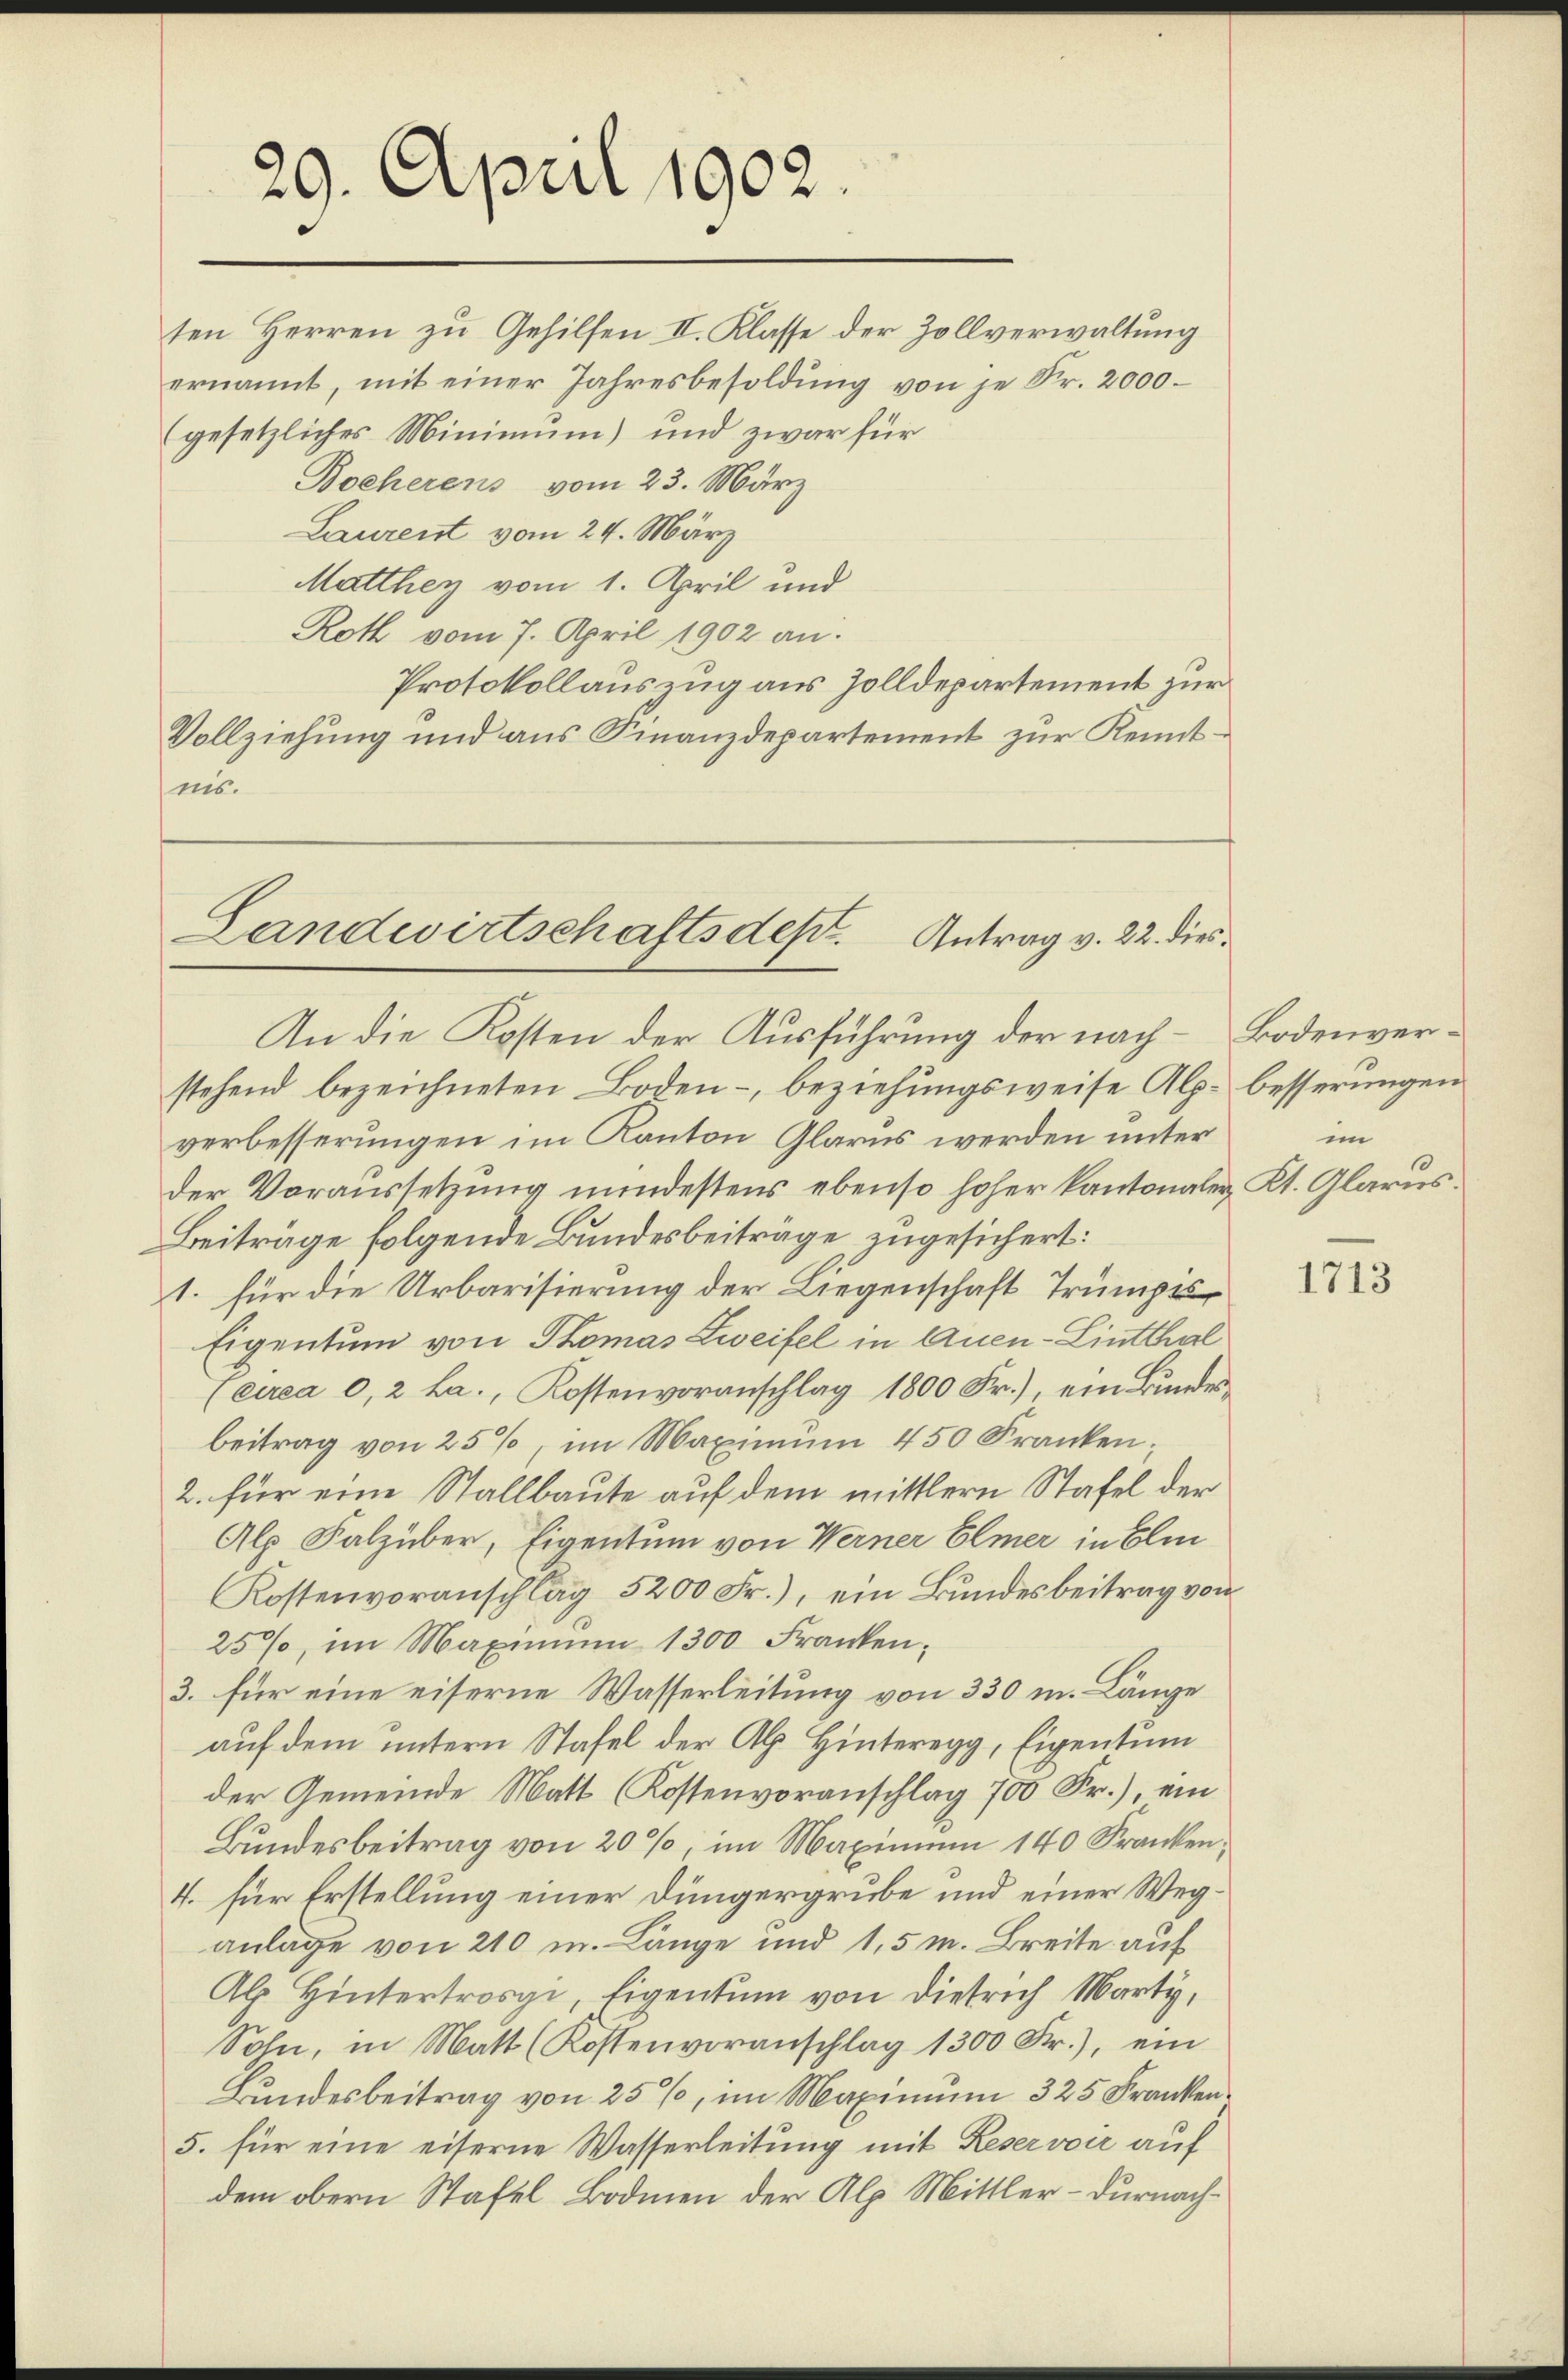
29. April 1902.

ten Herren zu Gehilfen II. Klasse der Zollverwaltung
ernannt, mit einer Jahresbesoldŭng von je Fr. 2000.
gesetzliches Minimum) und zwar für
Boeherens vom 23. März
Laurent vom 24. März
Matthey vom 1. April und
Roth vom 7. April 1902 an.
Protokollauszug aus Zolldepartement zur
Vollziehung und aus Finanzdepartement zur Kenntnis.

Landwirtschaftsdes. Antrag v. 22. dies
An die Kosten der Ausführung der nach Bodenver¬

stehend bezeichneten Boden, beziehungsweise Alp. besserungen
verbesserungen im Kanton Glarus werden unter
der Voraussetzung mindestens ebenso hoher kantonalen Kt. Glarus
Beiträge folgende Bundesbeiträge zugesichert:
1. für die Urbarisierung der Liegenschaft Trumpis¬
Eigentum von Thomas Zweifel in Auen-Lintthal
(circa 0,2 La., Kostenvoranschlag 1800 Fr.), ein Bundesbeitrag von 25%, im Maximŭm 450 Franken;
2. für eine Stallbaute auf dem mittlern Stafel der
Alp Salzüber, Eigentum von Werner Elmer in Eli
Kostenvoranschlag 5200 Fr.), ein Bundesbeitrag von
25%, im Maximum 1300 Franken;
3. für eine eiserne Wasserleitung von 330 m. Länge
auf dem untern Stafel der Alp Hinteregg, Eigentum
der Gemeinde Matt (Kostenvoranschlag 700 Fr.), ein
Bundesbeitrag von 20%, im Maximum 140 Franken,
4. für Erstellung einer Düngergrube und einer Weganlage von 210 m. Länge und 1,5 m. Breite auf
Ab. Hintertrogi, Eigentum von Dietrich Marty,
Sohn, in Matt (Kostenvoranschlag 1300 Fr.), ein
Bundesbeitrag von 25%, im Maximum 325 Franken¬
5. für eine eiserne Wasserleitung mit Reservoir auf
dem obern Stafel Bodmen der Alp. Mittler - Dürnach¬

im

1713